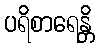
ပရိစာရေန္တိ